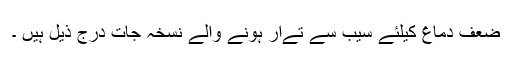
ضعف دماغ کیلئے سیب سے تےار ہونے والے نسخہ جات درج ذیل ہیں ۔